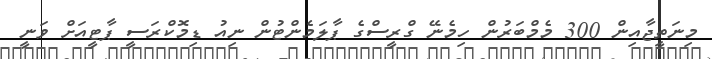
މިނަތީޖާއިން 300 މެމްބަރުން ހިމެނޭ ގްރީސްގެ ޕާލަމެންޓުން ނިއު ޑިމޮކްރަސީ ޕާޓީއަށް ވަނީ